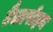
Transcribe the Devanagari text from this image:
टैलापोइन